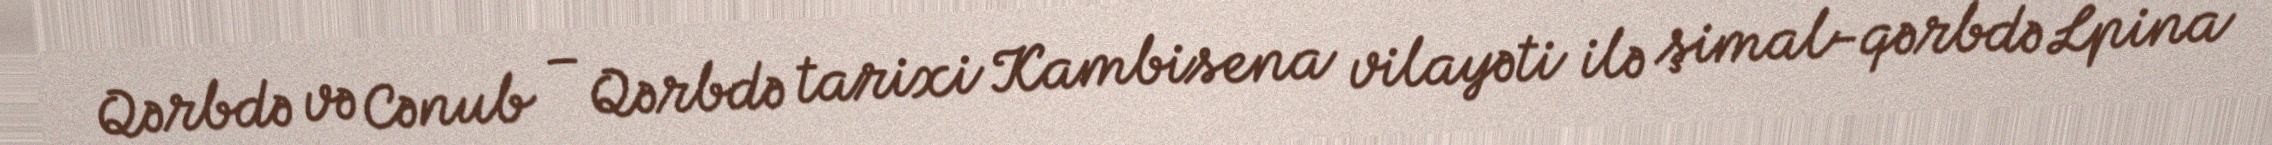
Qərbdə və Cənub – Qərbdə tarixi Kambisena vilayəti ilə şimal-qərbdə Lpina